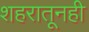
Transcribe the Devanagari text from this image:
शहरातूनही